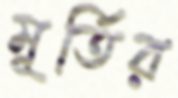
মূর্তির